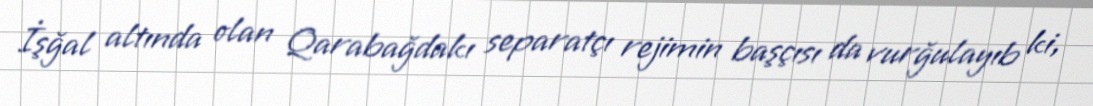
İşğal altında olan Qarabağdakı separatçı rejimin başçısı da vurğulayıb ki,